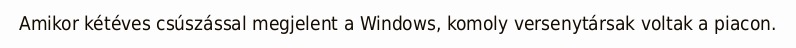
Amikor kétéves csúszással megjelent a Windows, komoly versenytársak voltak a piacon.